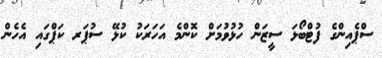
ސްޕެއިންގެ ފުޓްބޯޅަ ސީޒަން ހުޅުވުމަށް ކޮންމެ އަހަރަކު ކުޅޭ ސުޕަރ ކަޕްގައި އެހެން